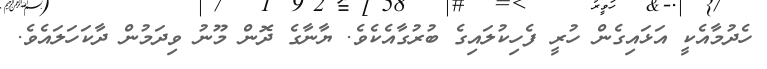
ހެދުމާއެކީ އަޅައިގެން ހުރީ ފެހިކުލައިގެ ބުރުގާއެކެވެ. ޔާނާގެ ދޮން މޫނު ވިދަމުން ދާކަހަލައެވެ.